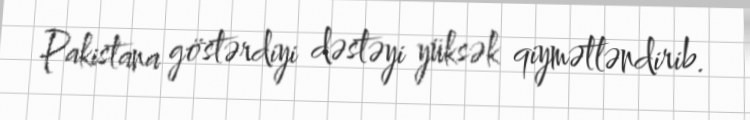
Pakistana göstərdiyi dəstəyi yüksək qiymətləndirib.